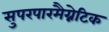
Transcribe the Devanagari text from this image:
सुपरपारमैग्नेटिक